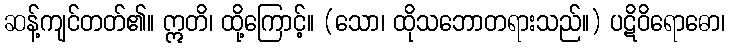
ဆန့်ကျင်တတ်၏။ ဣတိ၊ ထို့ကြောင့်။ (သော၊ ထိုသဘောတရားသည်။) ပဋိဝိရောဓော၊